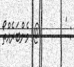
: '       @ މެންބަރެއްތޯ